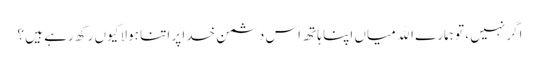
اگر نہیں ، تو ہمارے الله میاں اپنا ہاتھ اس دشمن خدا پر اتنا ہولا کیوں رکھ رہے ہیں ؟